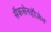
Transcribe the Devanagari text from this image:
सैकसेनहौज़ेन